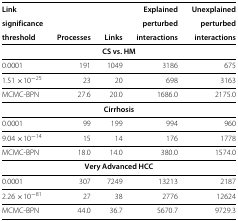
| Linksignificancethreshold | Processes | Links | Explainedperturbedinteractions | Unexplainedperturbedinteractions |
 | --- | --- | --- | --- | --- |
 | <COLSPAN=4> CS vs. HM |  |
 | 0.0001 | 191 | 1049 | 3186 | 675 |
 | 1.51 ×10−25 | 23 | 20 | 698 | 3163 |
 | MCMC-BPN | 27.6 | 20.0 | 1686.0 | 2175.0 |
 | <COLSPAN=4> Cirrhosis |  |
 | 0.0001 | 99 | 199 | 994 | 960 |
 | 9.04 ×10−14 | 15 | 14 | 176 | 1778 |
 | MCMC-BPN | 18.0 | 14.0 | 380.0 | 1574.0 |
 | <COLSPAN=4> Very Advanced HCC |  |
 | 0.0001 | 307 | 7249 | 13213 | 2187 |
 | 2.26 ×10−81 | 27 | 38 | 2776 | 12624 |
 | MCMC-BPN | 44.0 | 36.7 | 5670.7 | 9729.3 |